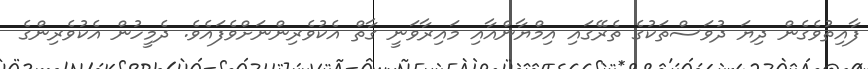
ފާއިތުވެގެން ދިޔަ ދުވަސްތަކުގެ ތެރޭގައި އިމްޔާންއާއި މައިރާވަނީ ގާތް އެކުވެރިންނަށްވެފައެވެ. ދެމީހުން އެކުވެރިންގެ